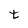
Character: t